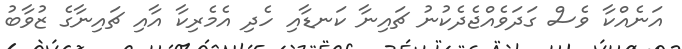
އަނެއްކާ ވެސް ގަދަވެއްޖެދެކުނު ޗައިނާ ކަނޑާއި ހެދި އެމެރިކާ އާއި ޗައިނާގެ ޒުވާބު